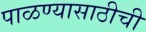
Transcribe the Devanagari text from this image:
पाळण्यासाठीची